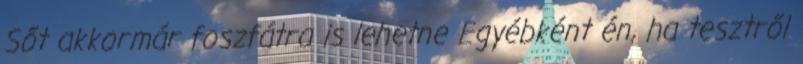
Sőt akkormár foszfátra is lehetne Egyébként én, ha tesztről